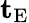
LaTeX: \mathbf{t_{\mathrm{E}}}